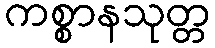
ကစ္စာနသုတ္တ